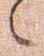
々